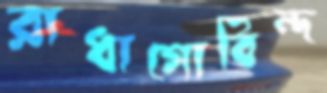
রাধাগোবিন্দ